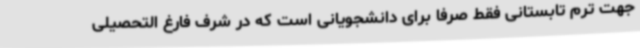
جهت ترم تابستانی فقط صرفا برای دانشجویانی است که در شرف فارغ التحصیلی